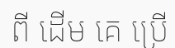
ពី ដើម គេ ប្រើ